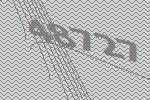
48727